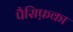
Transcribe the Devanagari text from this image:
पैसिफ़का